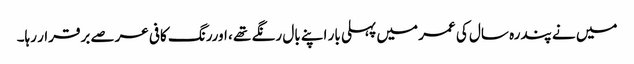
میں نے پندرہ سال کی عمر میں پہلی بار اپنے بال رنگے تھے ، اوررنگ کافی عرصے برقرار رہا۔